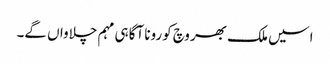
اسیں ملک بھر وچ کورونا آگاہی مہم چلاواں گے۔